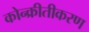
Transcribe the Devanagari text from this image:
कोन्क्रीतीकरण